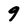
Character: 9